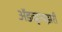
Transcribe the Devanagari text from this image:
अॅडव्हायझरी